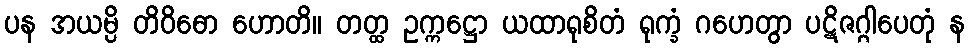
ပန အယမ္ပိ တိဝိဓော ဟောတိ။ တတ္ထ ဥက္ကဋ္ဌော ယထာရုစိတံ ရုက္ခံ ဂဟေတွာ ပဋိဇဂ္ဂါပေတုံ န